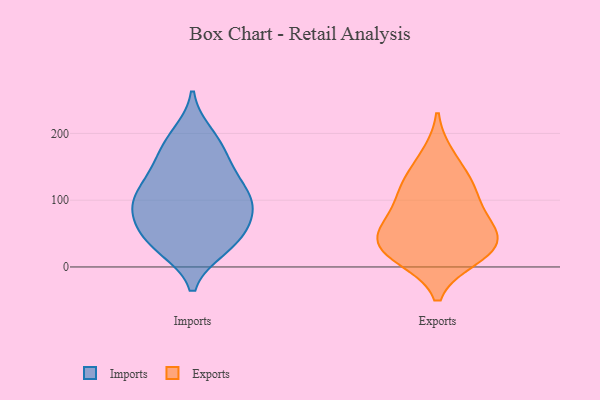
{"axis": {"x": "Temperature (°C)", "y": "Value"}, "legend": ["Exports", "Imports"], "data": [{"x": "", "y": 92, "type": "Imports"}, {"x": "", "y": 187, "type": "Imports"}, {"x": "", "y": 111, "type": "Imports"}, {"x": "", "y": 80, "type": "Imports"}, {"x": "", "y": 36, "type": "Imports"}, {"x": "", "y": 57, "type": "Imports"}, {"x": "", "y": 123, "type": "Imports"}, {"x": "", "y": 198, "type": "Imports"}, {"x": "", "y": 79, "type": "Imports"}, {"x": "", "y": 152, "type": "Imports"}, {"x": "", "y": 98, "type": "Imports"}, {"x": "", "y": 46, "type": "Imports"}, {"x": "", "y": 136, "type": "Imports"}, {"x": "", "y": 170, "type": "Imports"}, {"x": "", "y": 29, "type": "Imports"}, {"x": "", "y": 31, "type": "Imports"}, {"x": "", "y": 97, "type": "Imports"}, {"x": "", "y": 127, "type": "Exports"}, {"x": "", "y": 55, "type": "Exports"}, {"x": "", "y": 103, "type": "Exports"}, {"x": "", "y": 25, "type": "Exports"}, {"x": "", "y": 117, "type": "Exports"}, {"x": "", "y": 62, "type": "Exports"}, {"x": "", "y": 165, "type": "Exports"}, {"x": "", "y": 63, "type": "Exports"}, {"x": "", "y": 29, "type": "Exports"}, {"x": "", "y": 15, "type": "Exports"}, {"x": "", "y": 25, "type": "Exports"}]}